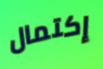
إكتمال